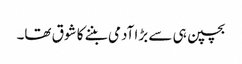
بچپن ہی سے بڑا آدمی بننے کا شوق تھا۔